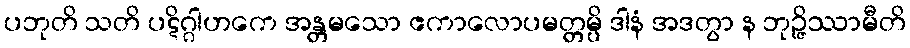
ပဘုတိ သတိ ပဋိဂ္ဂါဟကေ အန္တမသော ဧကာလောပမတ္တမ္ပိ ဒါနံ အဒတွာ န ဘုဉ္ဇိဿာမီတိ